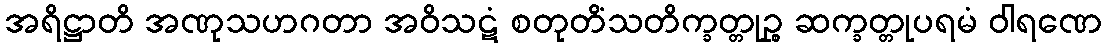
အရိဋ္ဌာတိ အဏုသဟဂတာ အဝိသဋံ စတုတိံသတိက္ခတ္တုဉ္စ ဆက္ခတ္တုပရမံ ဝါရဏေ